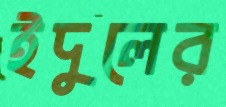
ইদুলের